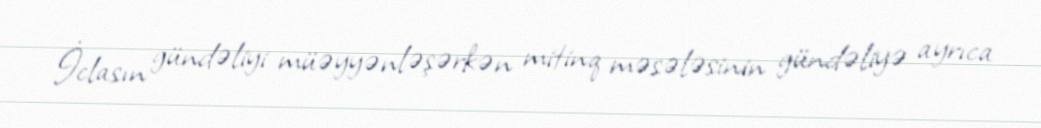
İclasın gündəliyi müəyyənləşərkən mitinq məsələsinin gündəliyə ayrıca